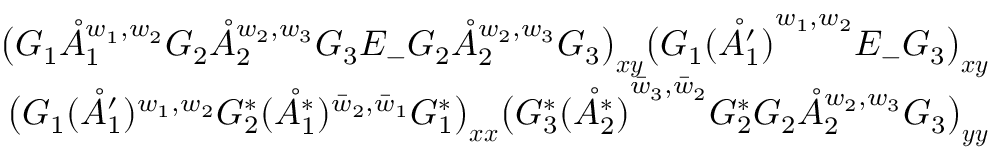
\begin{array} { r } { \big ( G _ { 1 } \mathring { A } _ { 1 } ^ { w _ { 1 } , w _ { 2 } } G _ { 2 } \mathring { A } _ { 2 } ^ { w _ { 2 } , w _ { 3 } } G _ { 3 } E _ { - } G _ { 2 } \mathring { A } _ { 2 } ^ { w _ { 2 } , w _ { 3 } } G _ { 3 } \big ) _ { \boldsymbol { x } \boldsymbol { y } } \big ( G _ { 1 } \mathring { ( A _ { 1 } ^ { \prime } ) } ^ { w _ { 1 } , w _ { 2 } } E _ { - } G _ { 3 } \big ) _ { \boldsymbol { x } \boldsymbol { y } } } \\ { \big ( G _ { 1 } ( \mathring { A } _ { 1 } ^ { \prime } ) ^ { w _ { 1 } , w _ { 2 } } G _ { 2 } ^ { * } ( \mathring { A _ { 1 } ^ { * } } ) ^ { { \bar { w } _ { 2 } , \bar { w } _ { 1 } } } G _ { 1 } ^ { * } \big ) _ { \boldsymbol { x } \boldsymbol { x } } \big ( G _ { 3 } ^ { * } \mathring { ( A _ { 2 } ^ { * } ) } ^ { { \bar { w } _ { 3 } , \bar { w } _ { 2 } } } G _ { 2 } ^ { * } G _ { 2 } \mathring { A } _ { 2 } ^ { w _ { 2 } , w _ { 3 } } G _ { 3 } \big ) _ { \boldsymbol { y } \boldsymbol { y } } } \end{array}